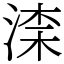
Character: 𣸑